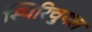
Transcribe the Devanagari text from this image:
स्पिरिचुयल